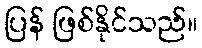
ပြန် ဖြစ်နိုင်သည်။